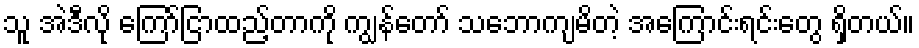
သူ အဲဒီလို ကြော်ငြာထည့်တာကို ကျွန်တော် သဘောကျမိတဲ့ အကြောင်းရင်းတွေ ရှိတယ်။